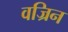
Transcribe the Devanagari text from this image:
वज्रिन